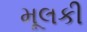
મૂલકી